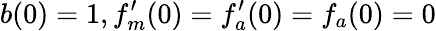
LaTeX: b(0)=1,f_{m}^{\prime}(0)=f_{a}^{\prime}(0)=f_{a}(0)=0